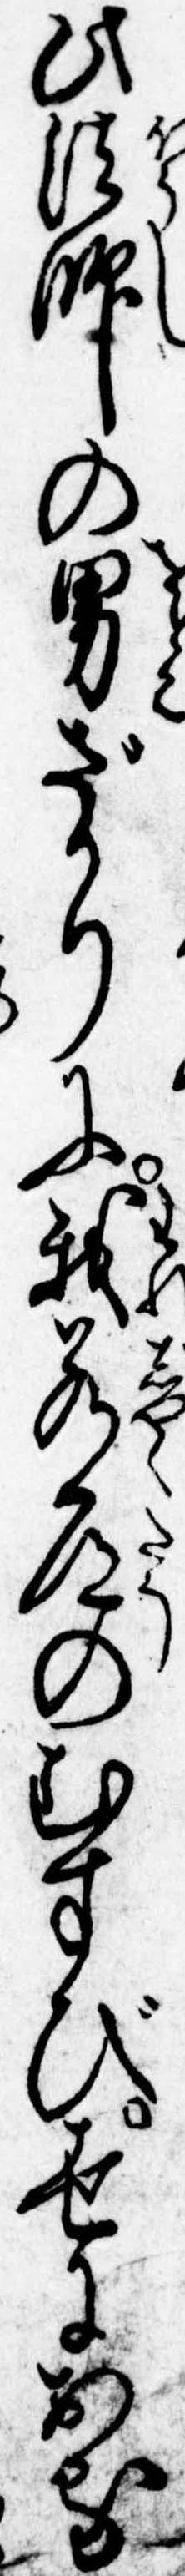
此法師の男ざかりに我若道のむすび世におる